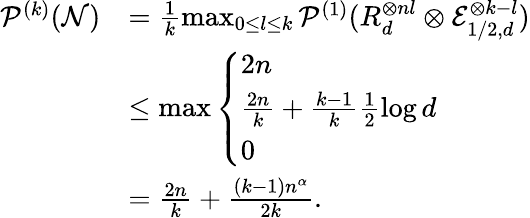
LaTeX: \begin{array}{rl}{\mathcal{P}^{(k)}(\mathcal{N})}&{=\frac{1}{k}\operatorname*{max}_{0\leq l\leq k}\mathcal{P}^{(1)}(R_{d}^{\otimes nl}\otimes\mathcal{E}_{1/2,d}^{\otimes k-l})}\\ &{\leq\operatorname*{max}\left\{ \begin{array}{ll}{2n}\\ {\frac{2n}{k}+\frac{k-1}{k}\frac{1}{2}\log d}\\ {0}\end{array}\right.}\\ &{=\frac{2n}{k}+\frac{(k-1)n^{\alpha}}{2k}.}\end{array}